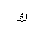
Letter: _kaf